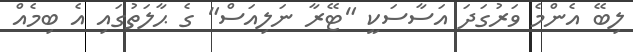
ލިބޭ އެންމެ ވަރުގަދަ އަސާސަކީ "ޓޭރާ ނަލިއަސް" ގެ ޙާލަތުގައި އެ ބިމެއް